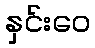
နှင်းဝေ